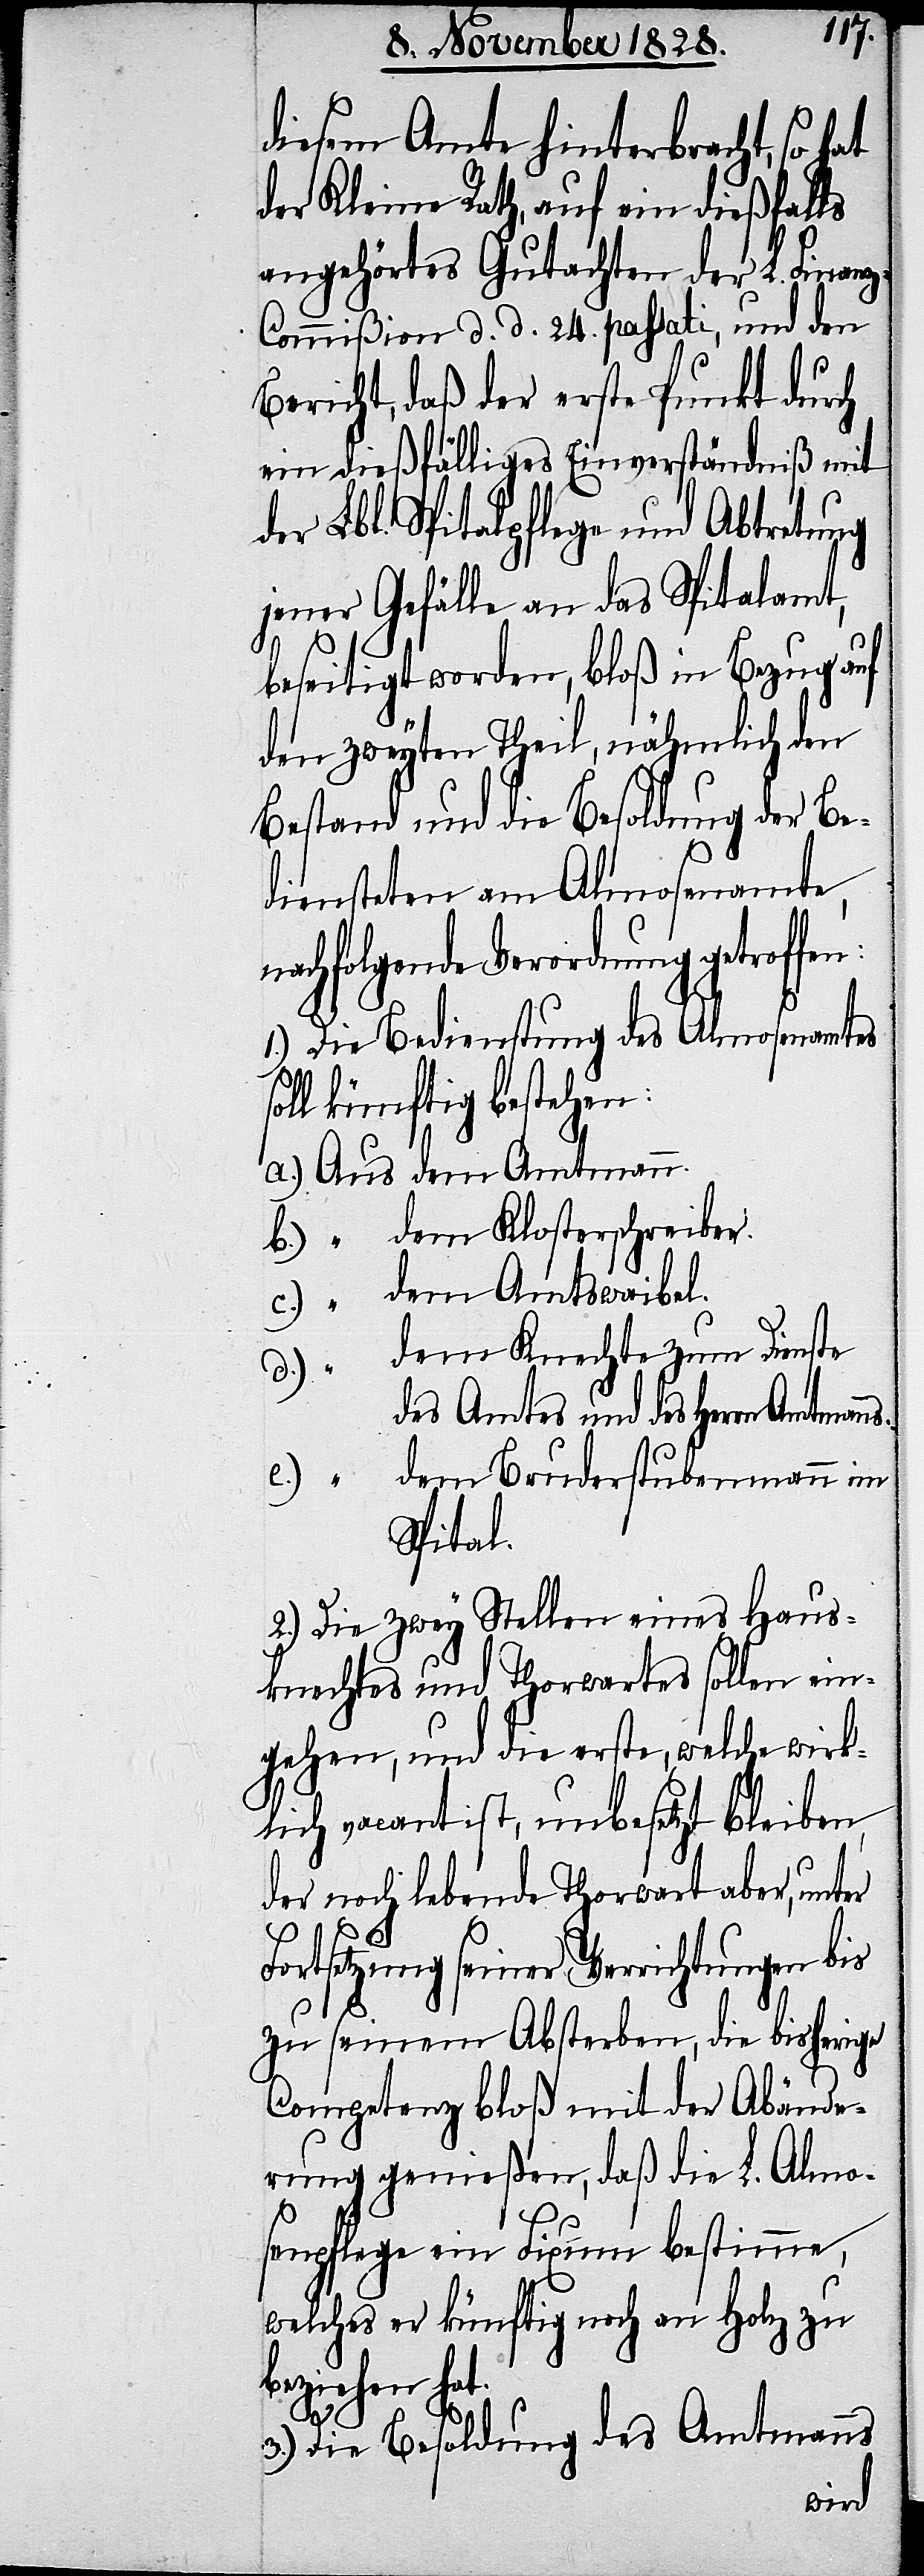
diesem Amte hinterbracht, so hat
der Kleine Rath, auf ein dießfalls
angehörtes Gutachten der L. Finan¬
z-Commißion d. d. 24. passati, und den
Bericht, daß der erste Punkt durch
ein dießfälliges Einverständniß mit
der Lbl. Spitalpflege und Abtretung
jener Gefälle an das Spitalamt,
beseitigt worden, bloß in Bezug auf
den zweyten Theil, nähmlich den
Bestand und die Besoldung der Be¬
diensteten am Almosenamte,
nachfolgende Verordnung getroff¬
1.) Die Bedienstung des Almosenamtes
soll künftig bestehen:
dem Klosterschreiber.
dem Amtswaibel.
dem Knechte zum Dienste
des Amtes und des Herrn Amtsman¬
dem Bruderstubenmann im
e.)
Spital.
2.) Die zwey Stellen eines Haus¬
knechtes und Thorwartes sollen ein¬
gehen, und die erste, welche wirk¬
lich vacant ist, unbesetzt bleiben,
der noch lebende Thorwart aber, unter
“
ns.
Fortsetzung seiner Verrichtungen bis
zu seinem Absterben, die bisherige
Compentenz bloß mit der Abände¬
rung genießen, da die L. Almo¬
senpflege ein Fixum bestimme,
welches er künftig noch an Holz zu
beziehen hat.
3.) Die Besoldung des Amtsmanns